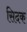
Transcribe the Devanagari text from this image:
सिदक